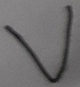
Text: V